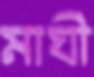
মাঘী